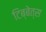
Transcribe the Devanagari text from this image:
टिब्बेत्स